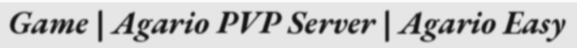
Game | Agario PVP Server | Agario Easy